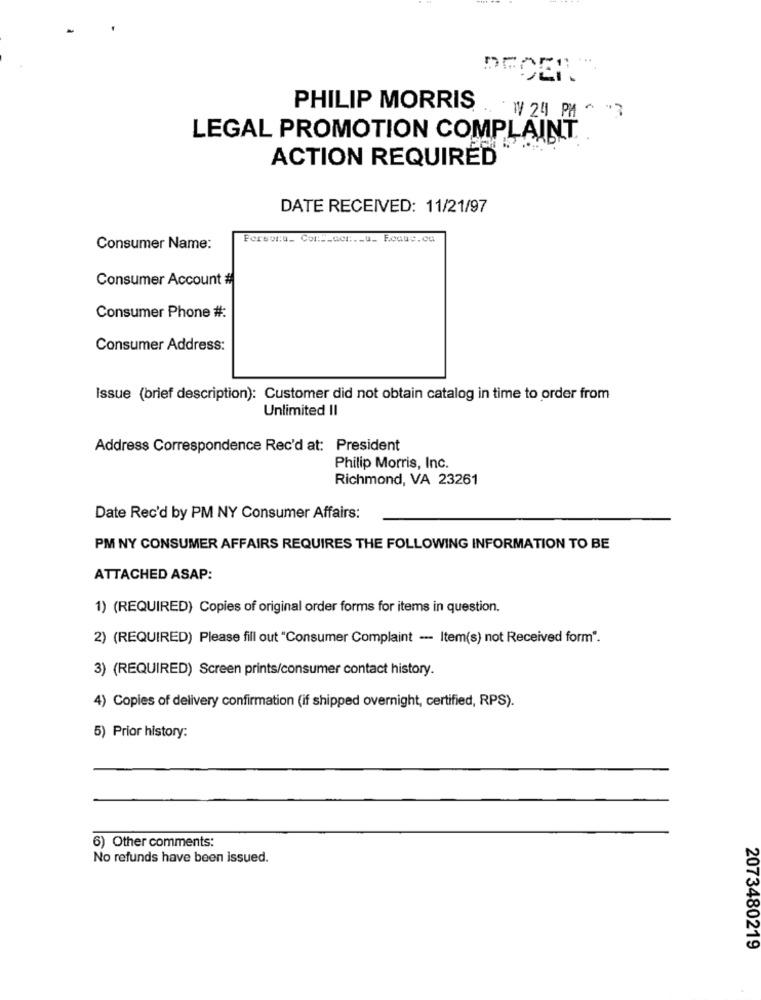
DECER."
PHILIP MORRIS
W 24 PM
LEGAL PROMOTION COMPLAINT.
ACTION REQUIRED
DATE RECEIVED: 11/21/97
Person:u_ Cont_scr ._ u_ Foque.ca
Consumer Name:
Consumer Account #
Consumer Phone #:
Consumer Address:
Issue (brief description): Customer did not obtain catalog in time to order from
Unlimited II
Address Correspondence Rec'd at: President
Philip Morris, Inc.
Richmond, VA 23261
Date Rec'd by PM NY Consumer Affairs:
PM NY CONSUMER AFFAIRS REQUIRES THE FOLLOWING INFORMATION TO BE
ATTACHED ASAP:
1) (REQUIRED) Copies of original order forms for items in question.
2) (REQUIRED) Please fill out "Consumer Complaint --- Item(s) not Received form".
3) (REQUIRED) Screen prints/consumer contact history.
4) Copies of delivery confirmation (if shipped overnight, certified, RPS).
5) Prior history:
6) Other comments:
No refunds have been issued.
2073480219